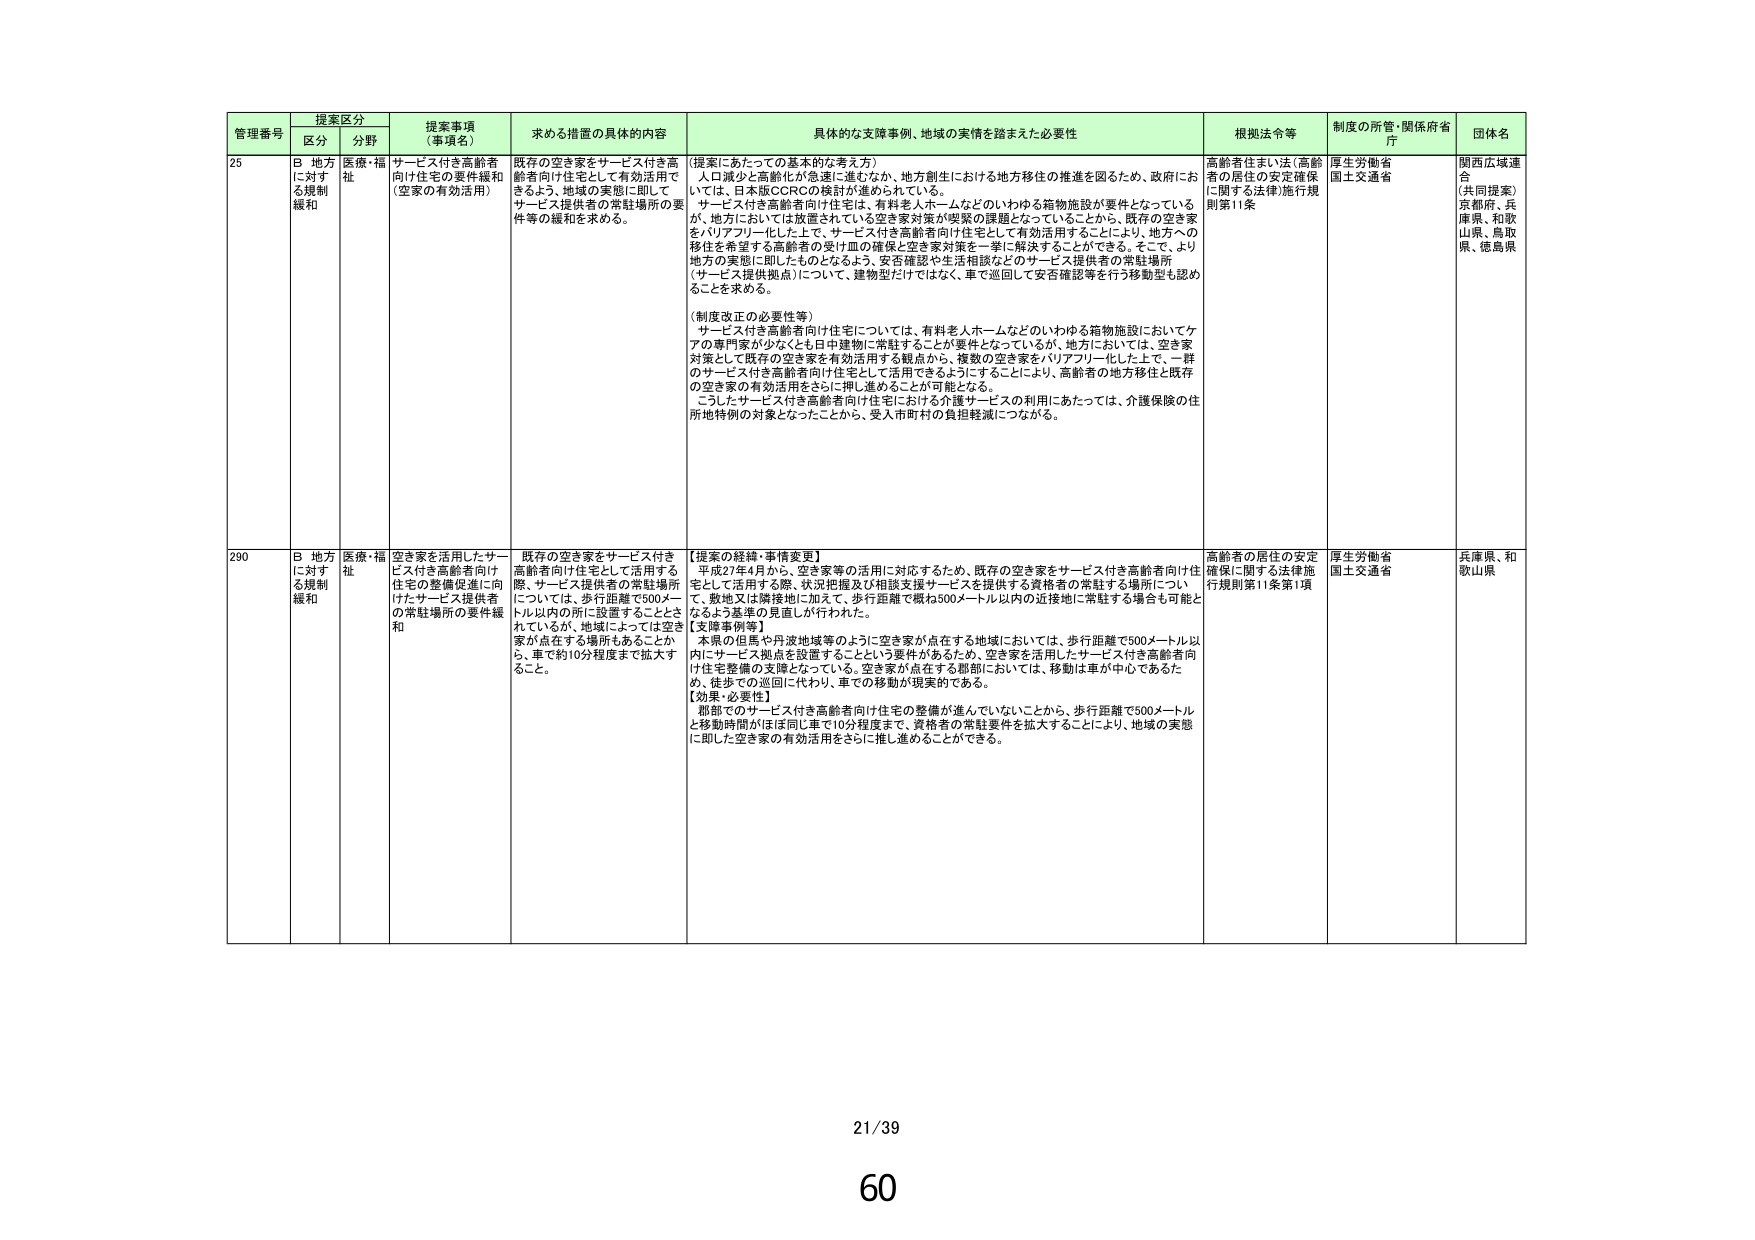
管理番号 提案区分 提案事項（事項名） 求める措置の具体的内容 具体的な支援事例、地域の実情を踏まえた必要性 根拠法令等 制度の所管・関係府省庁 団体名
区分 分野
25 B 地方に対する規制緩和 医療・福祉 サービス付き高齢者向け住宅の要件緩和（空家の有効活用） 既存の空き家をサービス付き高齢者向け住宅として有効活用できるよう、地域の実態に即してサービス提供者の常駐場所の要件等の緩和を求める。 【提案にあたっての基本的な考え方】 人口減少と高齢化が急速に進むなか、地方創生における地方移住の推進を図るため、政府においては、日本版ＣＣＲＣの検討が進められている。 サービス付き高齢者向け住宅は、有料老人ホームなどのいわゆる箱物施設が要件となっているが、地方においては放置されている空き家対策が喫緊の課題となっていることから、既存の空き家をバリアフリー化した上で、サービス付き高齢者向け住宅として有効活用することにより、地方への移住を希望する高齢者の受け皿の確保と空き家対策を一挙に解決することができる。そこで、より地方の実態に即したものとなるよう、安否確認や生活相談などのサービス提供者の常駐場所（サービス提供拠点）について、建物型だけではなく、車で巡回して安否確認等を行う移動型も認めることを求める。 （制度改正の必要性等） サービス付き高齢者向け住宅については、有料老人ホームなどのいわゆる箱物施設においてケアの専門家が少なくとも日中建物に常駐することが要件となっているが、地方においては、空き家対策として既存の空き家を有効活用する観点から、複数の空き家をバリアフリー化した上で、一軒のサービス付き高齢者向け住宅として活用できるようにすることにより、高齢者の地方移住と既存の空き家の有効活用をさらに押し進めることができる。 こうしたサービス付き高齢者向け住宅における介護サービスの利用にあたっては、介護保険の住所地特例の対象となったことから、受入市町村の負担軽減につながる。 高齢者住まい法（高齢者の居住の安定確保に関する法律）施行規則第11条 厚生労働省 国土交通省 関西広域連合 （共同提案） 京都府、兵庫県、和歌山県、鳥取県、徳島県
290 B 地方に対する規制緩和 医療・福祉 空き家を活用したサービス付き高齢者向け住宅の整備促進に向けたサービス提供者の常駐場所の要件緩和 既存の空き家をサービス付き高齢者向け住宅として活用する際、サービス提供者の常駐場所については、歩行距離で500メートル以内の所に設置することはされているが、地域によっては空き家が点在する場所もあることから、車で約10分程度まで拡大すること。 【提案の経緯・事情変更】 平成27年4月から、空き家等の活用に対応するため、既存の空き家をサービス付き高齢者向け住宅として活用する際、状況把握及び相談支援サービスを提供する資格者の常駐する場所について、救地又は隣接地に加えて、歩行距離で概ね500メートル以内の近接地に常駐する場合も可能となるよう基準の見直しが行われた。 【支援事例等】 本県の但馬や丹波地域等のように空き家が点在する地域においては、歩行距離で500メートル以内にサービス拠点を設置することという要件があるため、空き家を活用したサービス付き高齢者向け住宅整備の支障となっている。空き家が点在する郡部においては、移動は車が中心であるため、徒歩での巡回に代わり、車での移動が現実的である。 【効果・必要性】 郡部でのサービス付き高齢者向け住宅の整備が進んでいないことから、歩行距離で500メートルと移動時間がほぼ同じ車で10分程度まで、資格者の常駐要件を拡大することにより、地域の実態に即した空き家の有効活用をさらに推し進めることができる。 高齢者の居住の安定確保に関する法律施行規則第11条第1項 厚生労働省 国土交通省 兵庫県、和歌山県
21/39
60